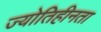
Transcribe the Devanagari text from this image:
ज्योतिहीनता